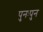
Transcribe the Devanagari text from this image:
पुनःपुन